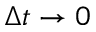
\Delta t \to 0